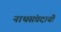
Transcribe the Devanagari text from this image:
नाथसंप्रदायी